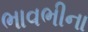
ભાવભીના